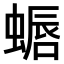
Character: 𫋏